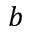
b